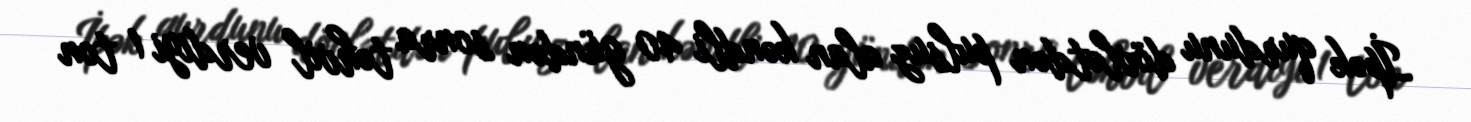
İpək qurdunu dövlətdən pulsuz alan kəndli 40 gündən sonra təhvil verdiyi 1 ton